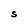
Character: S